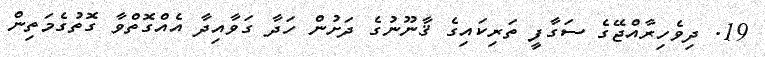
19. ދިވެހިރާއްޖޭގެ ސަގާފީ ތަރިކައިގެ ޤާނޫނުގެ ދަށުން ހަދާ ގަވާއިދާ އެއްގޮތްވާ ގޮތުގެމަތިން